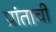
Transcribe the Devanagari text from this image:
प्रांताचीं